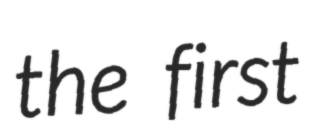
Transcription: the first